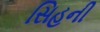
સિહની